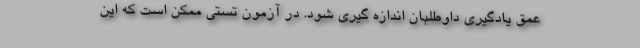
عمق یادگیری داوطلبان اندازه گیری شود. در آزمون تستی ممکن است که این